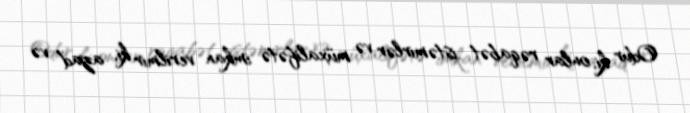
Odur ki, onlar rəqabət istəmirlər və müxalifətə imkan verilmir ki, azad və